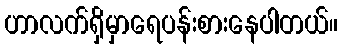
ဟာလက်ရှိမှာရေပန်းစားနေပါတယ်။